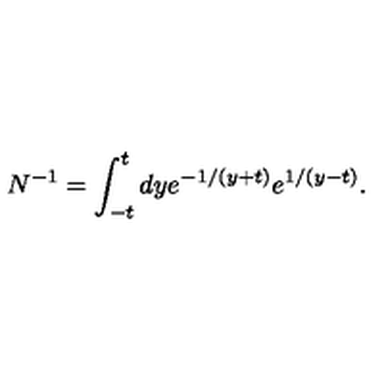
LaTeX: N ^ { - 1 } = \int _ { - t } ^ { t } d y e ^ { - 1 / ( y + t ) } e ^ { 1 / ( y - t ) } .